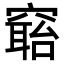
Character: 𥧺